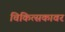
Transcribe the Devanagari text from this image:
चिकित्सकावर